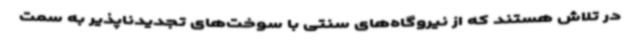
در تلاش هستند که از نیروگاه‌های سنتی با سوخت‌های تجدیدناپذیر به سمت